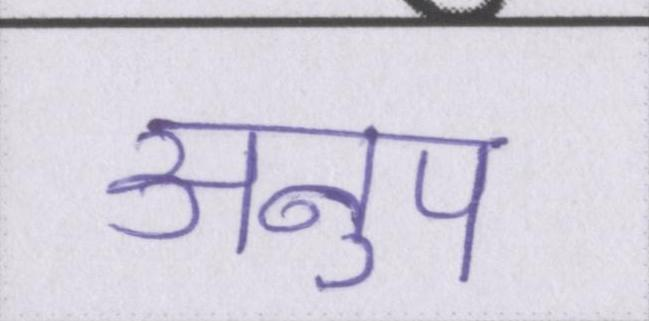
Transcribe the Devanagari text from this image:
अनुप